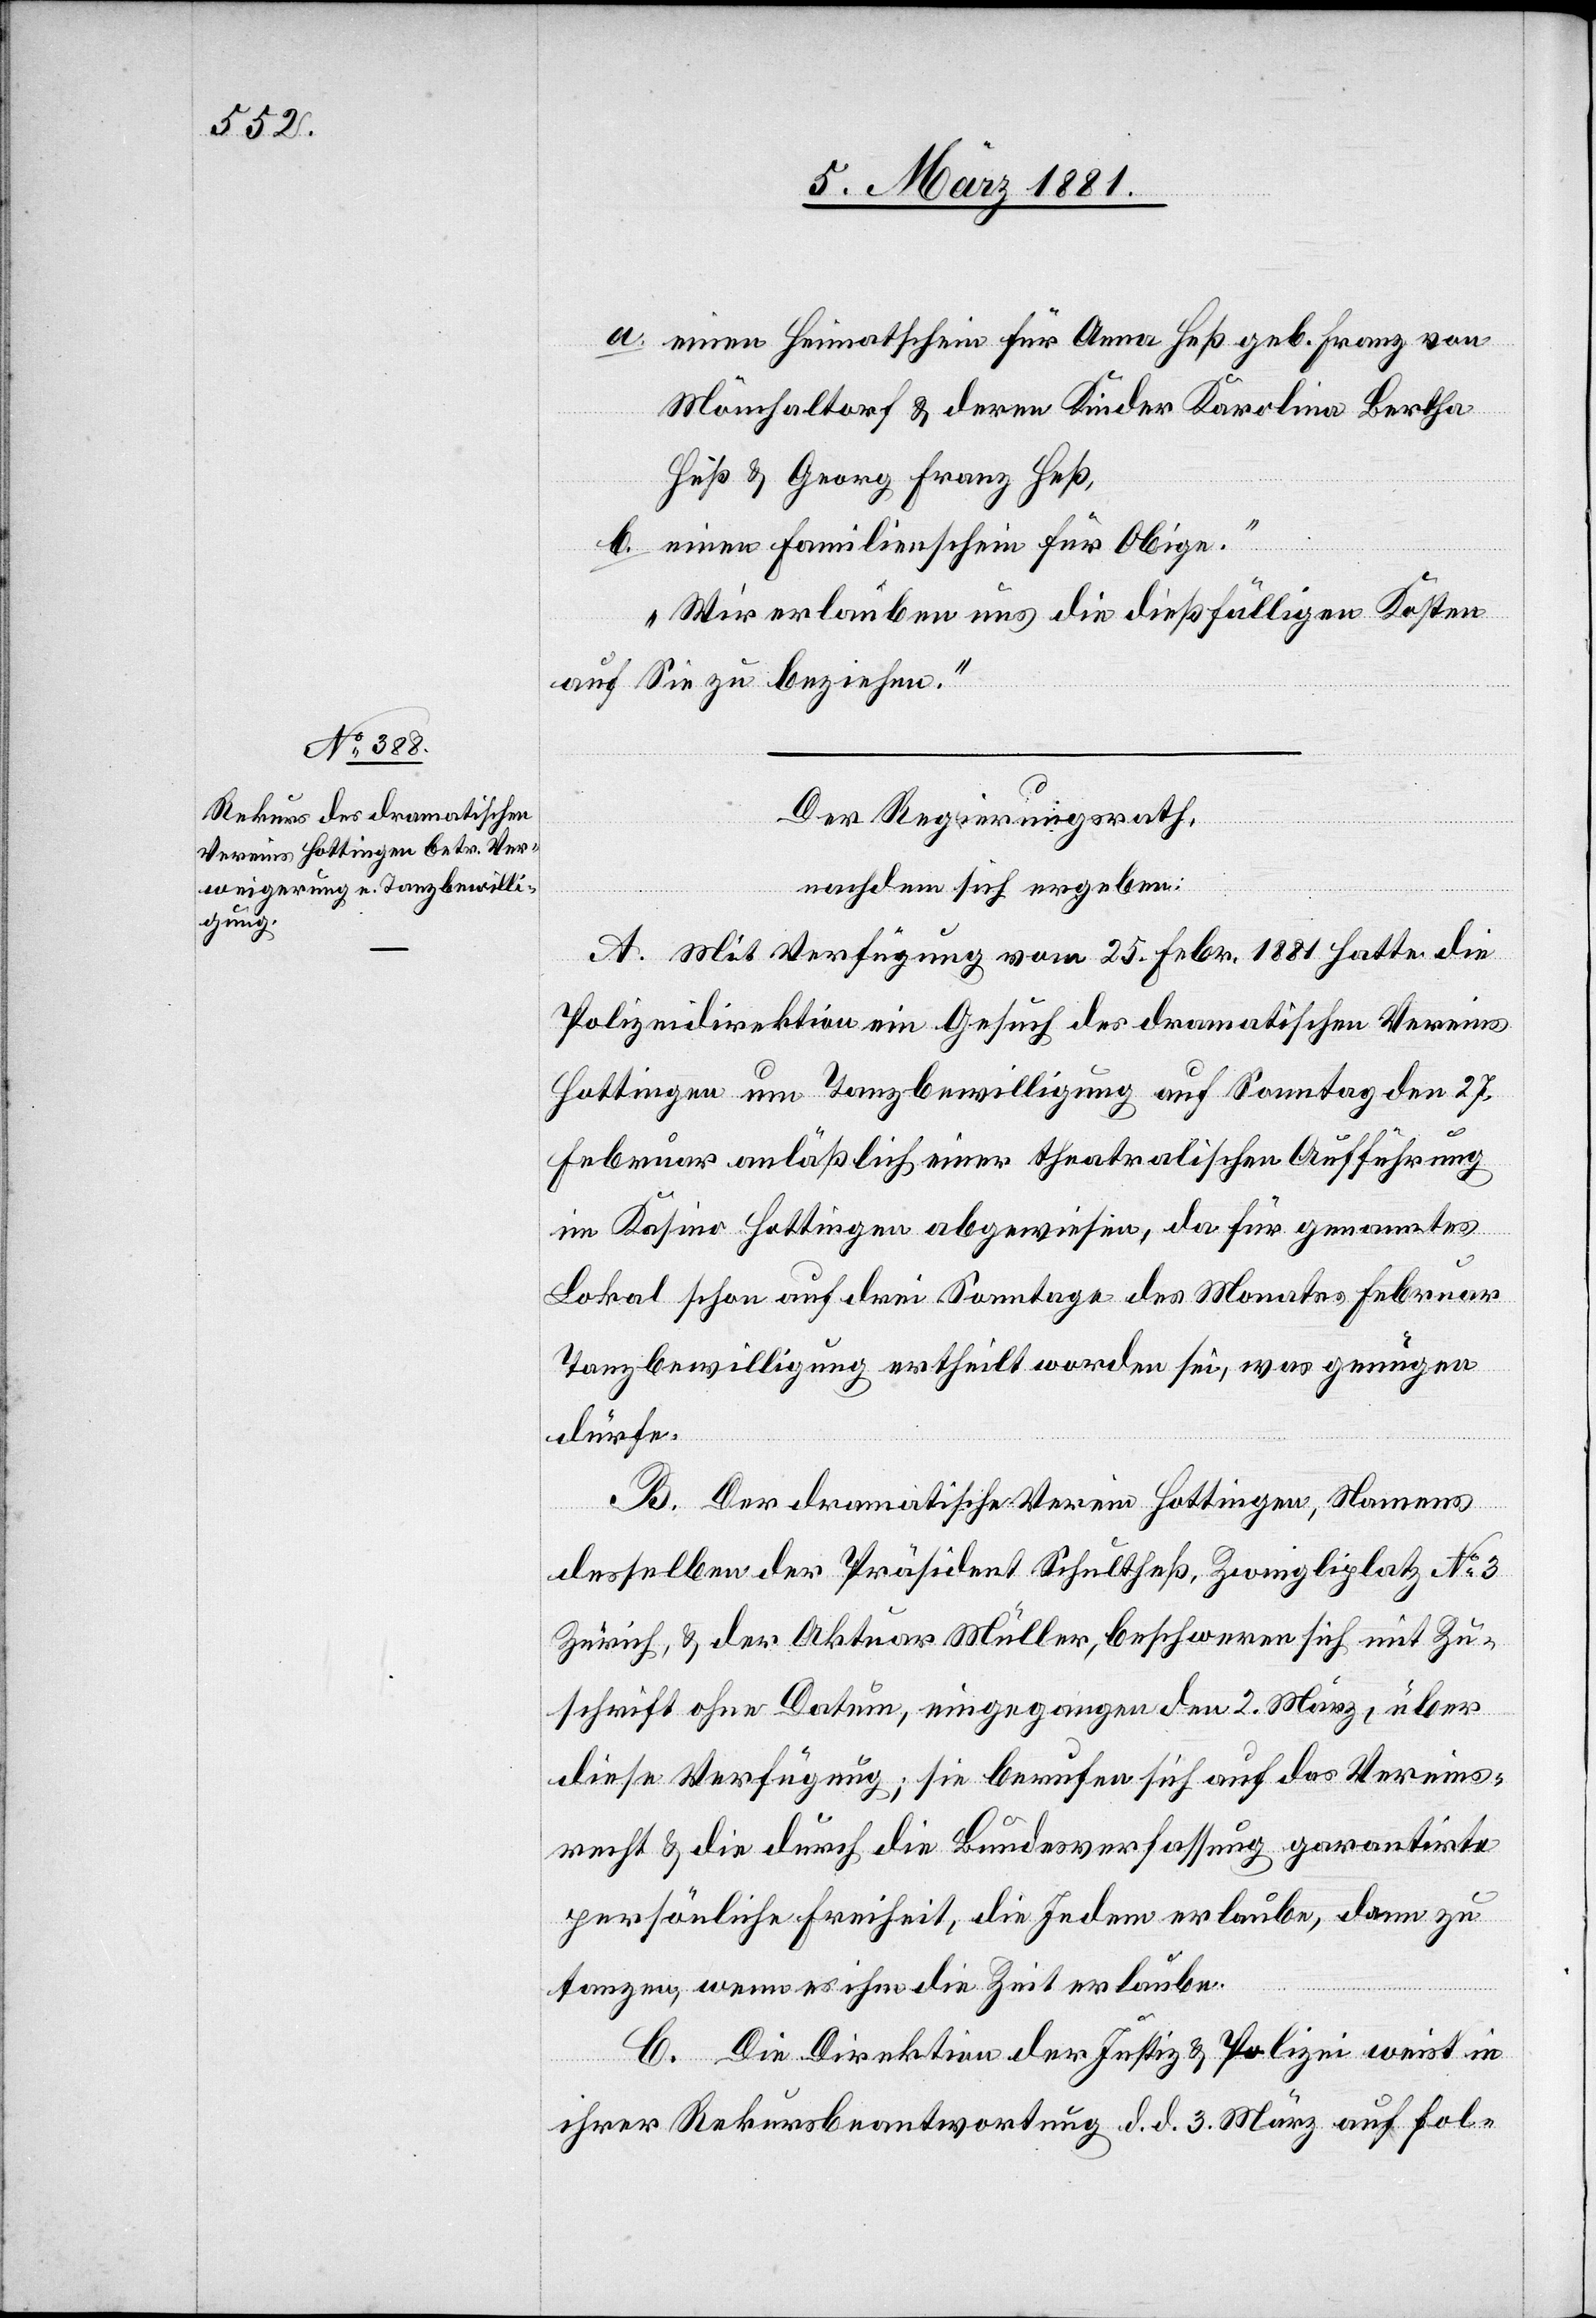
a. einen Heimatschein für Anna Heß geb. Franz von
Mönchaltorf & deren Kinder Karolina Bertha
Heß & Georg Franz Heß,
b. einen Familienschein für Obige.“
Wir erlauben uns die dießfälligen Kosten
auf Sie zu beziehen.“
Der Regierungsrath,
nachdem sich ergeben:
A. Mit Verfügung vom 25. Febr. 1881 hatte die
Polizeidirektion ein Gesuch des dramatischen Vereins
Hottingen um Tanzbewilligung auf Sonntag den 27.
Februar anläßlich einer theatralischen Aufführung
im Kasino Hottingen abgewiesen, da für genanntes
Lokal schon auf drei Sonntage des Monates Februar
Tanzbewilligung ertheilt worden sei, was genügen
dürfe.
B. Der dramatische Verein Hottingen, Namens
desselben der Präsident Schultheß, Zwingliplatz No 3
Zürich, & der Aktuar Müller, beschweren sich mit Zu¬
schrift ohne Datum, eingegangen den 2. März, über
diese Verfügung; sie berufen sich auf das Vereins¬
recht & die durch die Bundesverfassung garantirte
gewöhnliche Freiheit, die Jedem erlaube, dann zu
tanzen, wenn es ihm die Zeit erlaube.
C. Die Direktion der Justiz & Polizei weist in
ihrer Rekursbeantwortung d. d. 3. März auf fol-